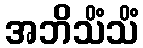
အဘိသိံသိံ